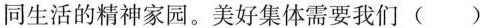
同生活的精神家园。美好集体需要我们（ ）